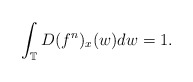
\begin{align*}\int_\mathbb{T} D(f^n)_x(w)dw = 1. \end{align*}